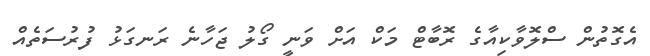
އެގޮތުން ސްލޮވާކިއާގެ ރޮބާޓް މަކް އަށް ވަނީ ގޯލު ޖަހާނެ ރަނގަޅު ފުރުސަތެއް